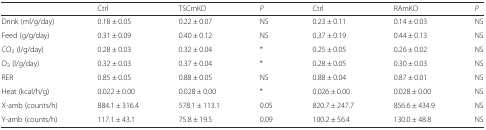
|  | Ctrl | TSCmKO | P | Ctrl | RAmKO | P |
 | --- | --- | --- | --- | --- | --- | --- |
 | Drink (ml/g/day) | 0.18 ± 0.05 | 0.22 ± 0.07 | NS | 0.23 ± 0.11 | 0.14 ± 0.03 | NS |
 | Feed (g/g/day) | 0.31 ± 0.09 | 0.40 ± 0.12 | NS | 0.37 ± 0.19 | 0.44 ± 0.13 | NS |
 | CO2 (l/g/day) | 0.28 ± 0.03 | 0.32 ± 0.04 | * | 0.25 ± 0.05 | 0.26 ± 0.02 | NS |
 | O2 (l/g/day) | 0.32 ± 0.03 | 0.37 ± 0.04 | * | 0.28 ± 0.05 | 0.30 ± 0.03 | NS |
 | RER | 0.85 ± 0.05 | 0.88 ± 0.05 | NS | 0.88 ± 0.04 | 0.87 ± 0.01 | NS |
 | Heat (kcal/h/g) | 0.022 ± 0.00 | 0.028 ± 0.00 | * | 0.026 ± 0.00 | 0.028 ± 0.00 | NS |
 | X-amb (counts/h) | 884.1 ± 316.4 | 578.1 ± 113.1 | 0.05 | 820.7 ± 247.7 | 856.6 ± 434.9 | NS |
 | Y-amb (counts/h) | 117.1 ± 43.1 | 75.8 ± 19.5 | 0.09 | 100.2 ± 56.4 | 130.0 ± 48.8 | NS |